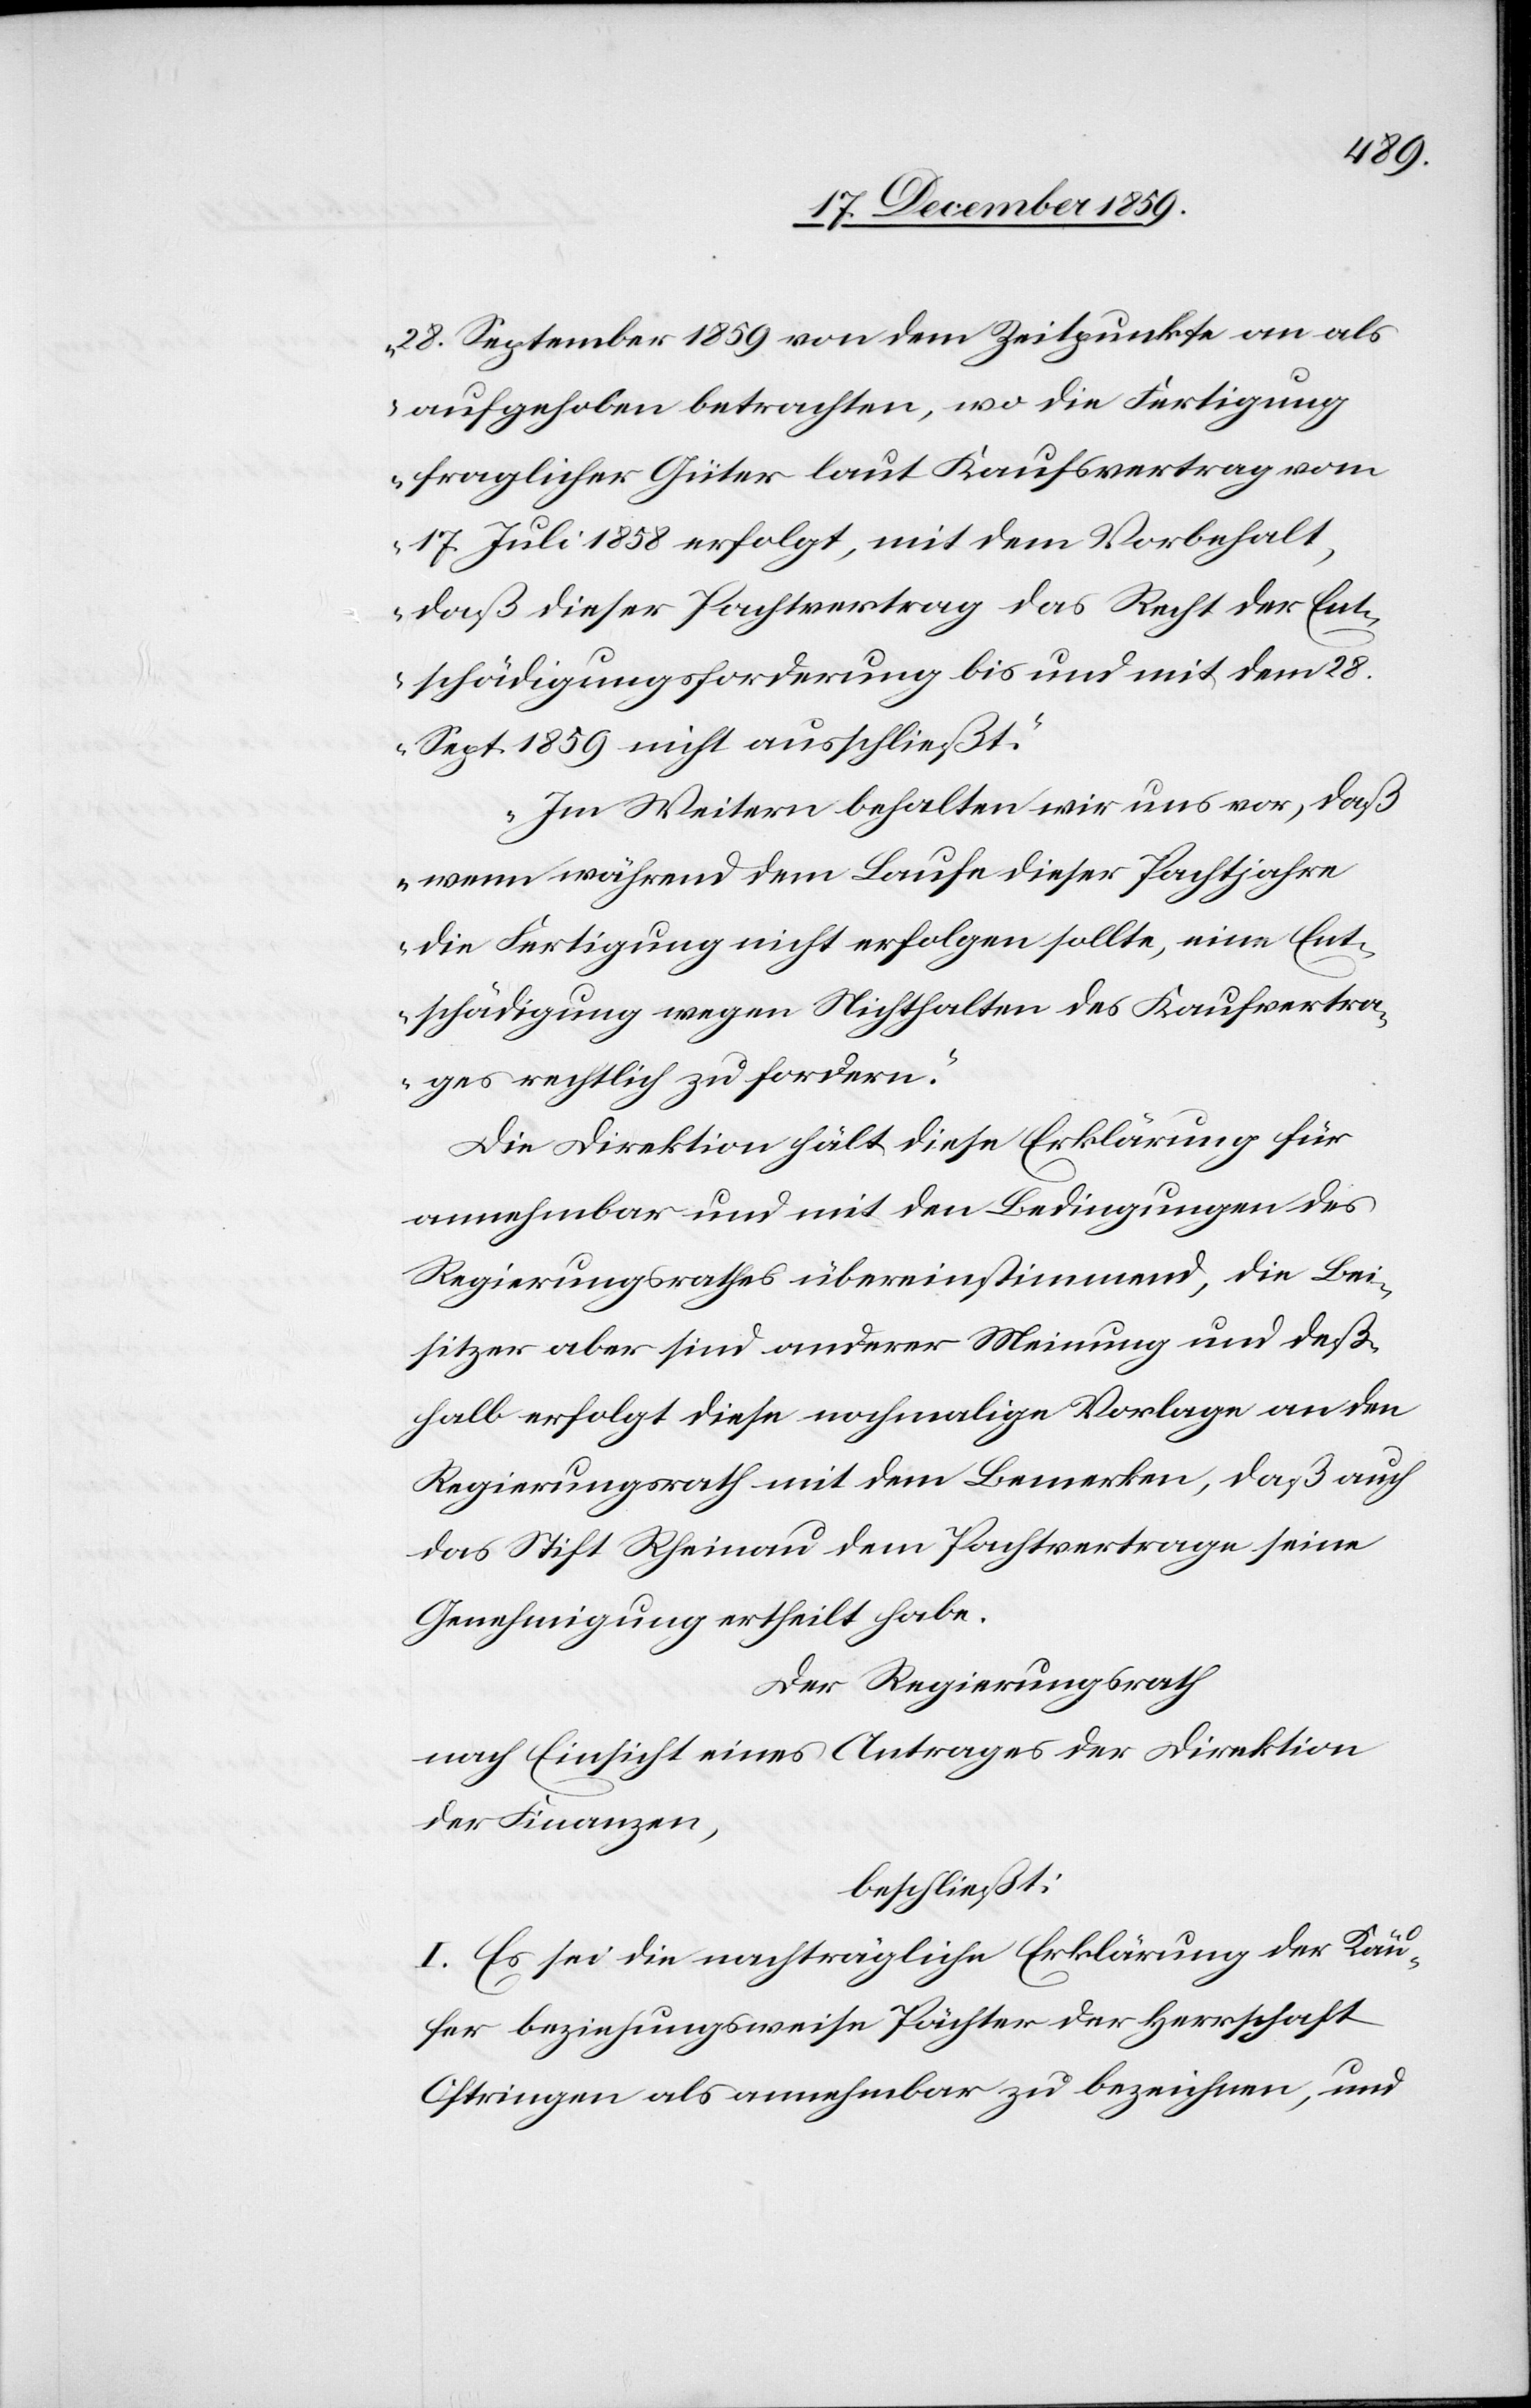
28. September 1859 von dem Zeitpunkte an als
aufgehoben betrachten, wo die Fertigung
fraglicher Güter laut Kaufsvertrag vom
17. Juli 1858 erfolgt, mit dem Vorbehalt,
daß dieser Pachtvertrag das Recht der Ent¬
schädigungsforderung bis und mit dem 28.
Sept. 1859 nicht ausschließt.
Im Weitern behalten wir uns vor, daß
wenn während dem Laufe dieser Pachtjahre
die Fertigung nicht erfolgen sollte, eine Ent¬
schädigung wegen Nichthalten des Kaufvertra¬
ges rechtlich zu fordern.“
Die Direktion hält diese Erklärung für
annehmbar und mit den Bedingungen des
Regierungsrathes übereinstimmend, die Be¬
sitzer aber sind anderer Meinung und deß¬
halb erfolgt diese nochmalige Vorlage an den
Regierungsrath mit dem Bemerken, daß auch
das Stift Rheinau dem Pachtvertrage seine
Genehmigung ertheilt habe.
Der Regierungsrath
nach Einsicht eines Antrages der Direktion
der Finanzen,
beschließt:
I. Es sei die nachträgliche Erklärung der Käu¬
fer beziehungsweise Pächter der Herrschaft
Oftringen als annehmbar zu bezeichnen, und